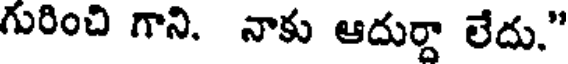
గురించి గాని. నాకు ఆదుర్దా లేదు,"